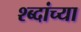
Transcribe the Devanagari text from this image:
श्ब्दांच्या